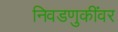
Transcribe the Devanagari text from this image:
निवडणुकींवर